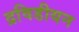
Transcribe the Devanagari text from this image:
द्रविडीयन